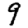
Digit: 9